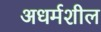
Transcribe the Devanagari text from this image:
अधर्मशील